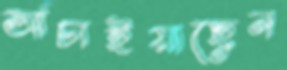
আঁচাইয়াছেন